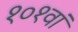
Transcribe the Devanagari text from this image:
१०१वां